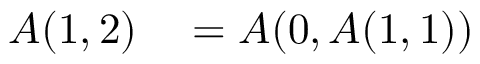
\begin{array} { r l } { A ( 1 , 2 ) } & { { } = A ( 0 , A ( 1 , 1 ) ) } \end{array}